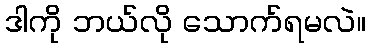
ဒါကို ဘယ်လို သောက်ရမလဲ။